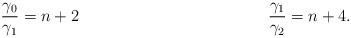
LaTeX: \begin{align*}\frac{\gamma_0}{\gamma_1} &= n+2 & & & \frac{\gamma_1}{\gamma_2} &= n+4.\end{align*}